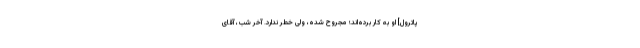
پاترول] او به كار برده‌اند؛ مجروح شده، ولى خطر ندارد. آخر شب، آقاى